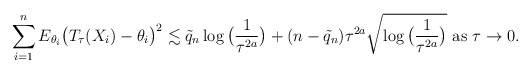
\begin{align*} \sum_{i=1}^{n} E_{\theta_{i}} \big(T_{\tau}(X_{i})-\theta_{i}\big)^2 \lesssim \tilde{q}_n\log\big(\frac{1}{\tau^{2a}}\big)+ (n-\tilde{q}_n)\tau^{2a}\sqrt{\log\big(\frac{1}{\tau^{2a}}\big)}\mbox{ as } \tau \rightarrow 0.\end{align*}